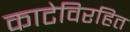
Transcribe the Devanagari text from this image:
काटेविरहित